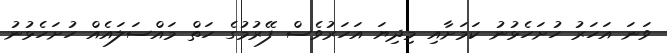
ވަނަ އަހަރު ހުށަހެޅުނު ކަމަށާއި މިދިޔަ އަހަރުވެސް ފޭރުމުގެ ހަތް މައްސަލައެއް ހުށަހެޅުނު